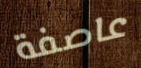
عاصفة